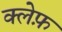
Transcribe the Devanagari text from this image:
क्लेफ़